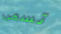
تسمى